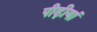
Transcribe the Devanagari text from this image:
पीढ़ीयां